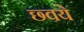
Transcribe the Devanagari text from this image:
छ्वये